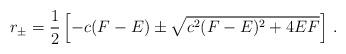
LaTeX: \begin{align*}r_{\pm}= \frac{1}{2} \left[ -c(F-E) \pm\sqrt{c^{2}(F-E)^{2} +4EF}\right]\, .\end{align*}